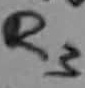
Text: R3